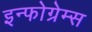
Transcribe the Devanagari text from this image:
इन्फोग्रेम्स